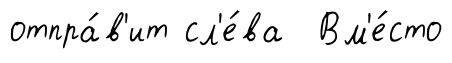
отпра́в'ит сл'е́ва Вм'е́сто